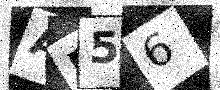
Text: AF56